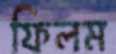
ফিলম